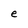
Character: e